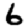
Digit: 6